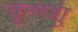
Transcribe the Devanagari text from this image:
कृष्णाु